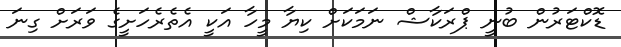
ޑޮކްޓަރުން ބުނީ ޕްރަކާޝް ނަމަކަށް ކިޔާ މީހާ އަކީ އެތެރެހަށީގެ ވަރަށް ގިނަ